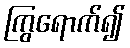
ကြွရောက်၍